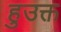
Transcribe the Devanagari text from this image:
हुउक्त